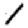
Digit: 1